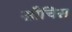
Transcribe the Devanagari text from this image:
साँचिस